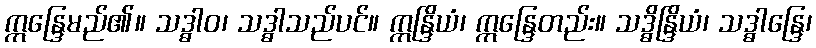
ဣန္ဒြေမည်၏။ သဒ္ဓါဝ၊ သဒ္ဓါသည်ပင်။ ဣန္ဒြိယံ၊ ဣန္ဒြေတည်း။ သဒ္ဓိန္ဒြိယံ၊ သဒ္ဓါန္ဒြေ၊